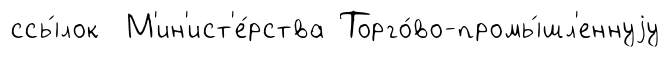
ссы́лок М'ин'ист'е́рства Торго́во-промы́шл'еннуjу